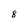
Character: 8